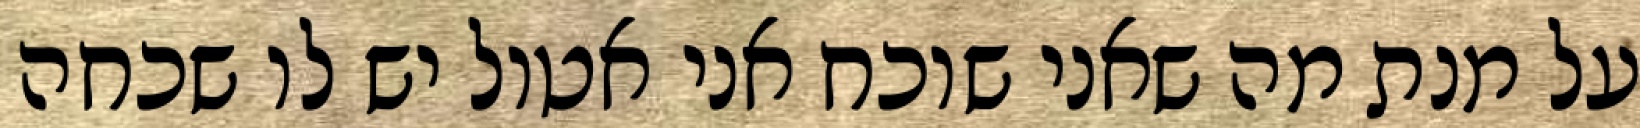
על מנת מה שאני שוכח אני אטול יש לו שכחה